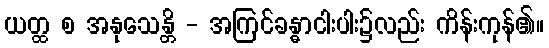
ယတ္ထ စ အနုသေန္တိ - အကြင်ခန္ဓာငါးပါး၌လည်း ကိန်းကုန်၏။